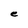
Character: e